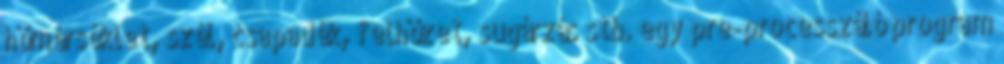
hőmérséklet, szél, csapadék, felhőzet, sugárzás stb. egy pre-processzáló program